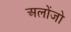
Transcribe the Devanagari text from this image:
अलोंजो